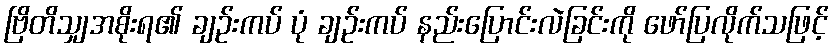
ဗြိတိသျှအစိုးရ၏ ချဉ်းကပ် ပုံ ချဉ်းကပ် နည်းပြောင်းလဲခြင်းကို ဖော်ပြလိုက်သဖြင့်